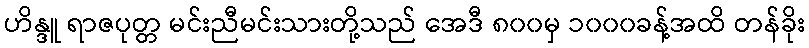
ဟိန္ဒူ ရာဇပုတ္တ မင်းညီမင်းသားတို့သည် အေဒီ ၈၀၀မှ ၁၀၀၀ခန့်အထိ တန်ခိုး